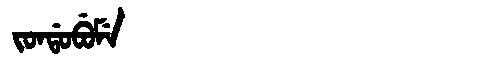
Manchu: ᠵᠣᠨᡩᠣᠪᡠᠮᡝ
Romanization: JONDOBUME